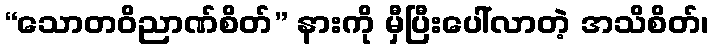
“သောတဝိညာဏ်စိတ်” နားကို မှီပြီးပေါ်လာတဲ့ အသိစိတ်၊